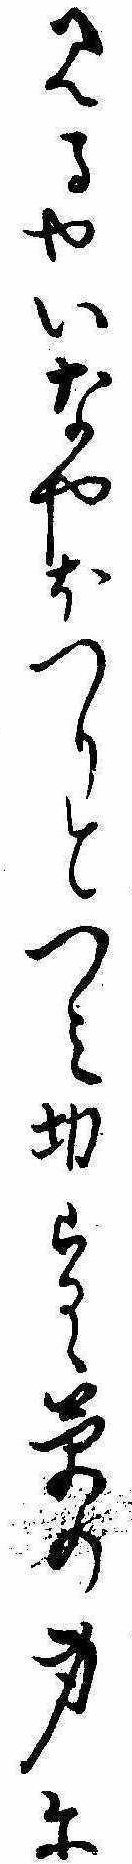
見るやいなやほつりとつみ切らるゝ草の身に